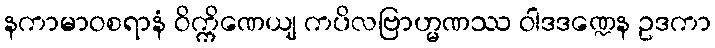
နကာမာဝစရာနံ ဝိက္ကိဏေယျ ကပိလဗြာဟ္မဏဿ ဝါဒဒဏ္ဍေန ဥဒကာ